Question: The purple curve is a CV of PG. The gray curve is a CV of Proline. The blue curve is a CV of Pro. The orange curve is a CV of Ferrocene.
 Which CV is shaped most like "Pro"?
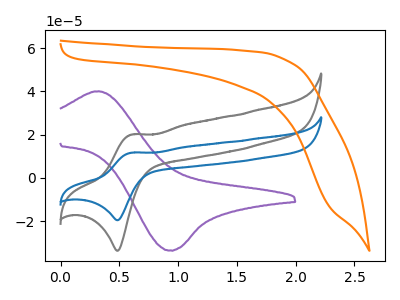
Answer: <think>The purple curve "PG" has an anodic peak at (0.35V, 40.05uA) and a cathodic peak at (0.95V, -33.55uA). The gray curve "Proline" has an anodic peak at (0.60V, 20.05uA) and a cathodic peak at (0.50V, -33.75uA). The blue curve "Pro" has an anodic peak at (0.60V, 11.65uA) and a cathodic peak at (0.50V, -19.60uA). The orange curve "Ferrocene" has no peaks.
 "PG" and "Proline" have at least one peak that do not match. "PG" and "Pro" have at least one peak that do not match. "PG" and "Ferrocene" have a different number of peaks. All the peaks in "Proline" have a peak in "Pro" at the same potential. Every peak in "Proline" is higher than every peak in "Pro". "Proline" and "Ferrocene" have a different number of peaks. "Pro" and "Ferrocene" have a different number of peaks.</think>
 <answer>The CV with the most similar shape to "Proline" is "Pro".</answer>
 <eval>"Pro"</eval>